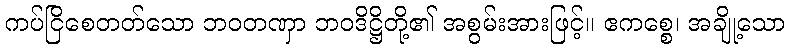
ကပ်ငြိစေတတ်သော ဘဝတဏှာ ဘဝဒိဋ္ဌိတို့၏ အစွမ်းအားဖြင့်။ ဧကစ္စေ၊ အချို့သော